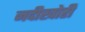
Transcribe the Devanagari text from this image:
नदीखोरी